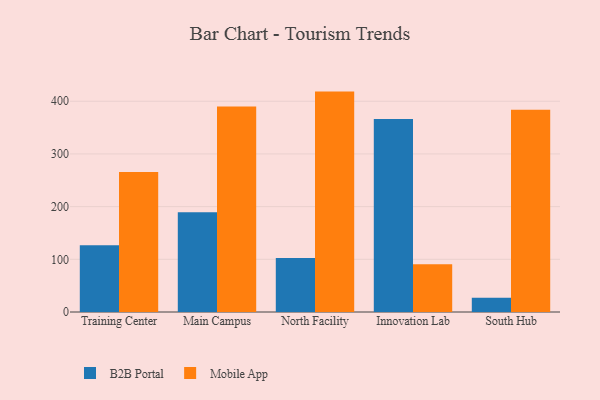
{"axis": {"x": "Campus", "y": "Operating Costs (USD K)"}, "legend": ["B2B Portal", "Mobile App"], "data": [{"x": "Training Center", "y": 126.5, "type": "B2B Portal"}, {"x": "Training Center", "y": 265.8, "type": "Mobile App"}, {"x": "Main Campus", "y": 189.1, "type": "B2B Portal"}, {"x": "Main Campus", "y": 390.2, "type": "Mobile App"}, {"x": "North Facility", "y": 102.3, "type": "B2B Portal"}, {"x": "North Facility", "y": 418.3, "type": "Mobile App"}, {"x": "Innovation Lab", "y": 366.1, "type": "B2B Portal"}, {"x": "Innovation Lab", "y": 90.4, "type": "Mobile App"}, {"x": "South Hub", "y": 26.9, "type": "B2B Portal"}, {"x": "South Hub", "y": 383.8, "type": "Mobile App"}]}